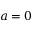
a = 0